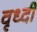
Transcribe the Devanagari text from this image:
वृध्दी